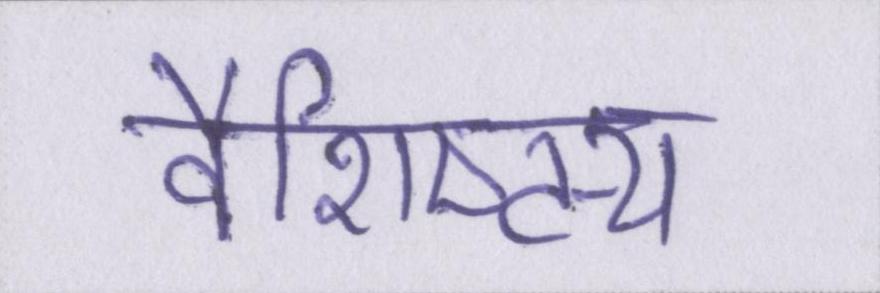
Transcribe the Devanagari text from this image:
वैशिष्ट्य